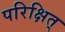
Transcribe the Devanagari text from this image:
परिक्षित्